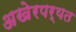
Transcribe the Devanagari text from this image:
अखेरपर्यत